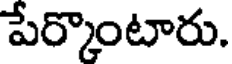
పేర్కొంటారు.